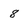
Character: 8